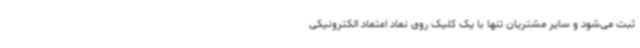
ثبت می‌شود و سایر مشتریان تنها با یک کلیک روی نماد اعتماد الکترونیکی